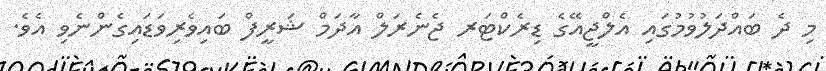
މި ދެ ބައްދަލުވުމުގައި އެލްޖީއޭގެ ޑިރެކްޓަރ ޖެނެރަލް އާދަމް ޝަރީފް ބައިވެރިވަޑައިގެންނެވި އެވެ.